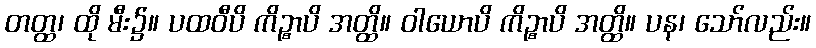
တတ္ထ၊ ထို မီး၌။ ပထဝီပိ ကိဉ္စာပိ အတ္ထိ။ ဝါယောပိ ကိဉ္စာပိ အတ္ထိ။ ပန၊ သော်လည်း။